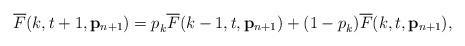
LaTeX: \begin{align*}\overline{F}(k,t+1,\mathbf{p}_{n+1}) = p_{k}^{} \overline{F}(k-1,t,\mathbf{p}_{n+1}) + (1 - p_{k}^{})\overline{F}(k,t,\mathbf{p}_{n+1}),\end{align*}